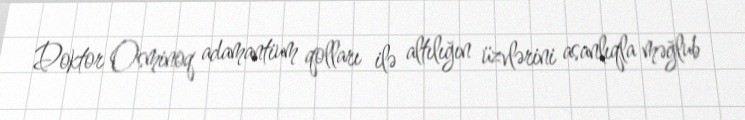
Doktor Osminoq adamantium qolları ilə altılığın üzvlərini asanlıqla məğlub